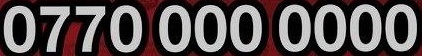
0770 000 0000